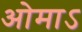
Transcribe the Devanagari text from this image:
ओमाऽ